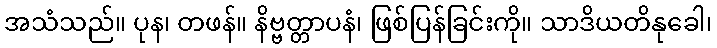
အသံသည်။ ပုန၊ တဖန်။ နိဗ္ဗတ္တာပနံ၊ ဖြစ်ပြန်ခြင်းကို။ သာဒိယတိနုခေါ၊